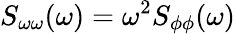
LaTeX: S_{\omega\omega}(\omega)=\omega^{2}S_{\phi\phi}(\omega)